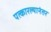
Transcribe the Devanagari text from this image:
पत्कारल्यानंतर